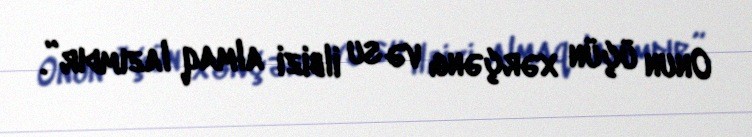
Onun üçün xərçəng və su ilbizi almaq lazımdır”.